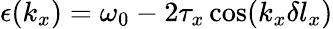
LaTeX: \epsilon(k_{x})=\omega_{0}-2\tau_{x}\cos(k_{x}\delta l_{x})